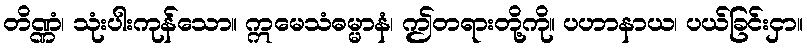
တိဏ္ဏံ၊ သုံးပါးကုန်သော။ ဣမေသံဓမ္မာနံ၊ ဤတရားတို့ကို။ ပဟာနာယ၊ ပယ်ခြင်းငှာ။